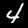
Digit: 4